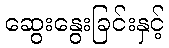
ဆွေးနွေးခြင်းနှင့်